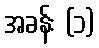
အခန်း (၁)